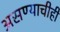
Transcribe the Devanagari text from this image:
असण्याचीही